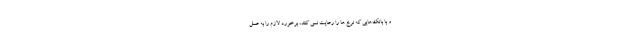
و با بانک‌هایی که نرخ ها را رعایت نمی کنند، برخورد لازم را به عمل